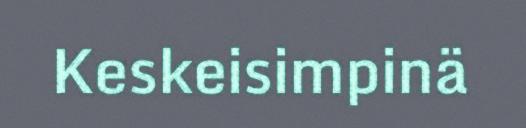
Keskeisimpinä